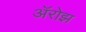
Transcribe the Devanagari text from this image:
ॲरोझ